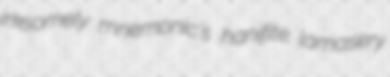
irksomely mnemonic's hanifite lamasery